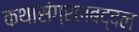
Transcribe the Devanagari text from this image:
कथासंग्रहाबद्दल